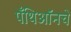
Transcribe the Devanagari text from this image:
पँथिऑनचे